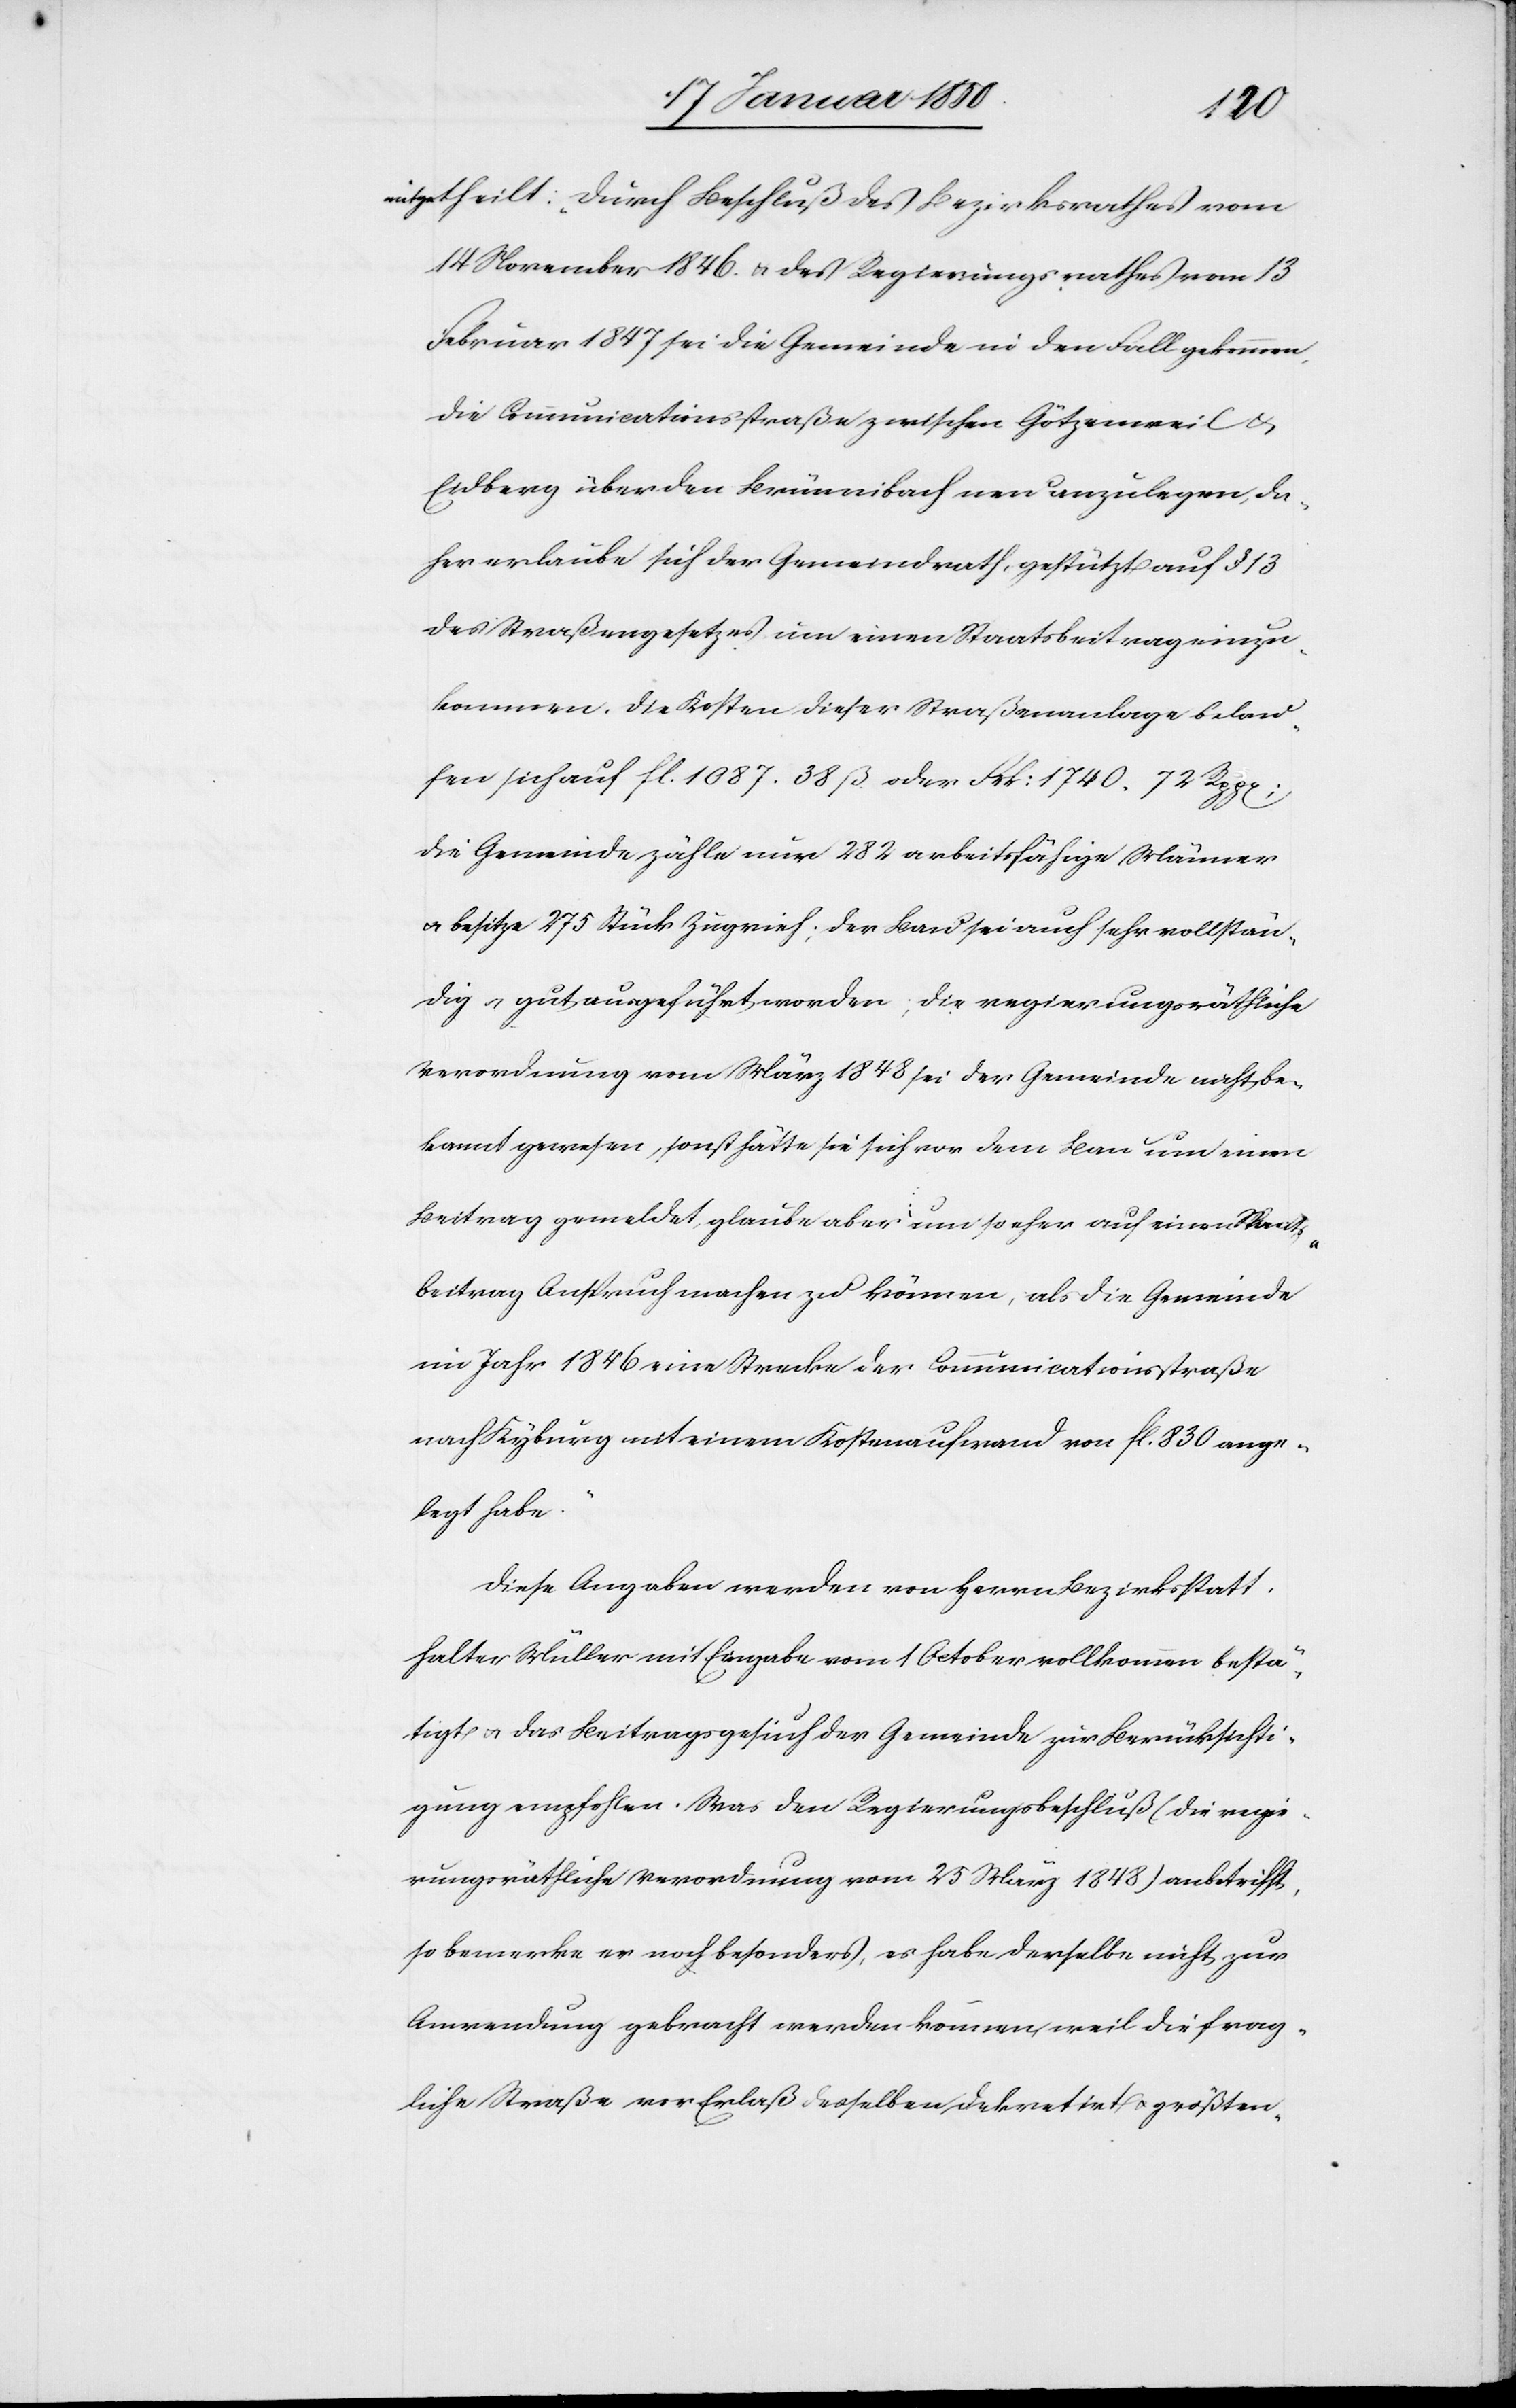
mitgetheilt: „Durch Beschluß des Bezirksrathes vom
14 November 1846. u. des Regierungsrathes vom 13
Februar 1847 sei die Gemeinde in den Fall gekommen,
die Communicationsstraße zwischen Götzenweil u.
Eidberg über den Brünnibach neu anzulegen, da¬
her erlaube sich der Gemeindrath, gestützt auf § 13
des Straßengesetzes um einen Staatsbeitrag einzu¬
kommen. Die Kosten dieser Straßenanlage belau¬
fen sich auf fl. 1087. 38. ß oder Frk: 1740. 72 Rpp[en];
die Gemeinde zähle nur 282 arbeitsfähige Männer
u. besitze 275 Stück Zugvieh; der Bau sei auch sehr vollstän¬
dig u. gut ausgeführt worden; die regierungsräthliche
Verordnung vom März 1848 sei der Gemeinde nicht be¬
kannt gewesen, sonst hätte sie sich vor dem Bau um einen
Beitrag gemeldet, glaube aber um so eher auf einen Staats¬
beitrag Anspruch machen zu können, als die Gemeinde
im Jahr 1846 eine Strecke der Communicationsstraße
nach Kyburg mit einem Kostenaufwand von fl. 830 ange¬
legt habe.“
Diese Angaben werden von Herrn Bezirksstatt¬
halter Müller mit Eingabe vom 1 October vollkommen bestä¬
tigt u. das Beitragsgesuch der Gemeinde zur Berücksichti¬
gung empfohlen. Was den Regierungsbeschluß (die regie¬
rungsräthliche Verordnung vom 25 März 1848) anbetrifft,
so bemerke er noch besonders, es habe derselbe nicht zur
Anwendung gebracht werden können, weil die frag¬
liche Straße vor Erlaß desselben dekretirt u. größten-